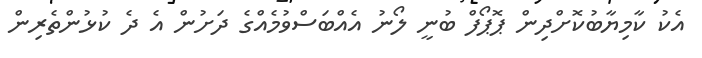
އެކު ކާމިޔާބުކޮށްދިން ޕޮޕޯފް ބުނީ ލޯނު އެއްބަސްވުމެއްގެ ދަށުން އެ ދެ ކުޅުންތެރިން